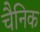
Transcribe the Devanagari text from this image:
चैनिक